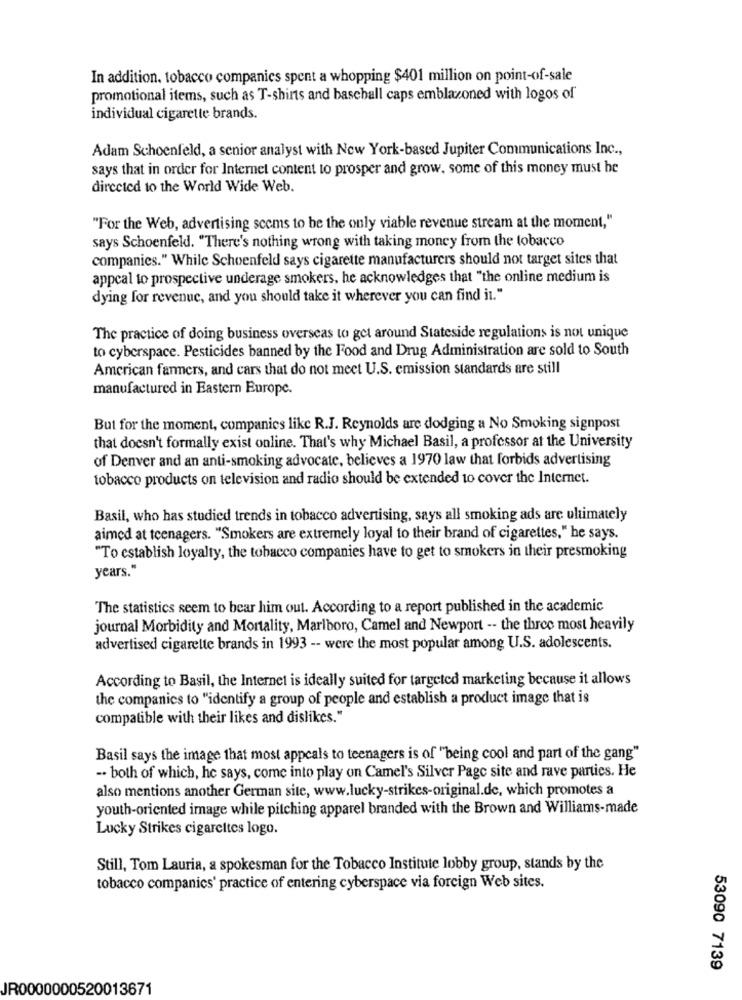
In addition, tobacco companies spent a whopping $401 million on point-of-sale
promotional items, such as T-shirts and baseball caps emblazoned with logos of
individual cigarette brands.
Adam Schoenfeld, a senior analyst with New York-based Jupiter Communications Inc .,
says that in order for Internet content to prosper and grow, some of this money must be
directed to the World Wide Web.
"For the Web, advertising seems to be the only viable revenue stream at the moment,"
says Schoenfeld. "There's nothing wrong with taking money from the tobacco
companies." While Schoenfeld says cigarette manufacturers should not target sites that
appeal to prospective underage smokers, he acknowledges that "the online medium is
dying for revenue, and you should take it wherever you can find in."
The practice of doing business overseas to get around Stateside regulations is not unique
to cyberspace. Pesticides banned by the Food and Drug Administration are sold to South
American fanners, and cars that do not meet U.S. emission standards are still
manufactured in Eastern Europe.
But for the moment, companies like R.J. Reynolds are dodging a No Smoking signpost
that doesn't formally exist online. That's why Michael Basil, a professor at the University
of Denver and an anti-smoking advocate, believes a 1970 law that forbids advertising
tobacco products on television and radio should be extended to cover the Internet.
Basil, who has studied trends in tobacco advertising, says all smoking ads are ultimately
aimed at teenagers. "Smokers are extremely loyal to their brand of cigarettes," he says.
"To establish loyalty, the tobacco companies have to get to smokers in their presmoking
years."
The statistics seem to bear him out. According to a report published in the academic
journal Morbidity and Mortality, Marlboro, Camel and Newport -- the three most heavily
advertised cigarette brands in 1993 -- were the most popular among U.S. adolescents.
According to Basil, the Internet is ideally suited for targeted marketing because it allows
the companies to "identify a group of people and establish a product image that is
compatible with their likes and dislikes."
Basil says the image that most appeals to teenagers is of "being cool and part of the gang"
-. both of which, he says, come into play on Camel's Silver Page site and rave parties. He
also mentions another German site, www.lucky-strikes-original.de, which promotes a
youth-oriented image while pitching apparel branded with the Brown and Williams-made
Lucky Strikes cigarettes logo.
Still, Tom Lauria, a spokesman for the Tobacco Institute lobby group, stands by the
tobacco companies' practice of entering cyberspace via foreign Web sites.
53090 7139
JR0000000520013671